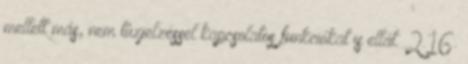
mellett más, nem tûzjelzéssel kapcsolatos funkciókat is ellát. 2.16.